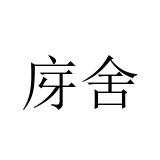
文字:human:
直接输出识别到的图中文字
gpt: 庌舍